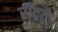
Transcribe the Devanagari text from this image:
रौंदते